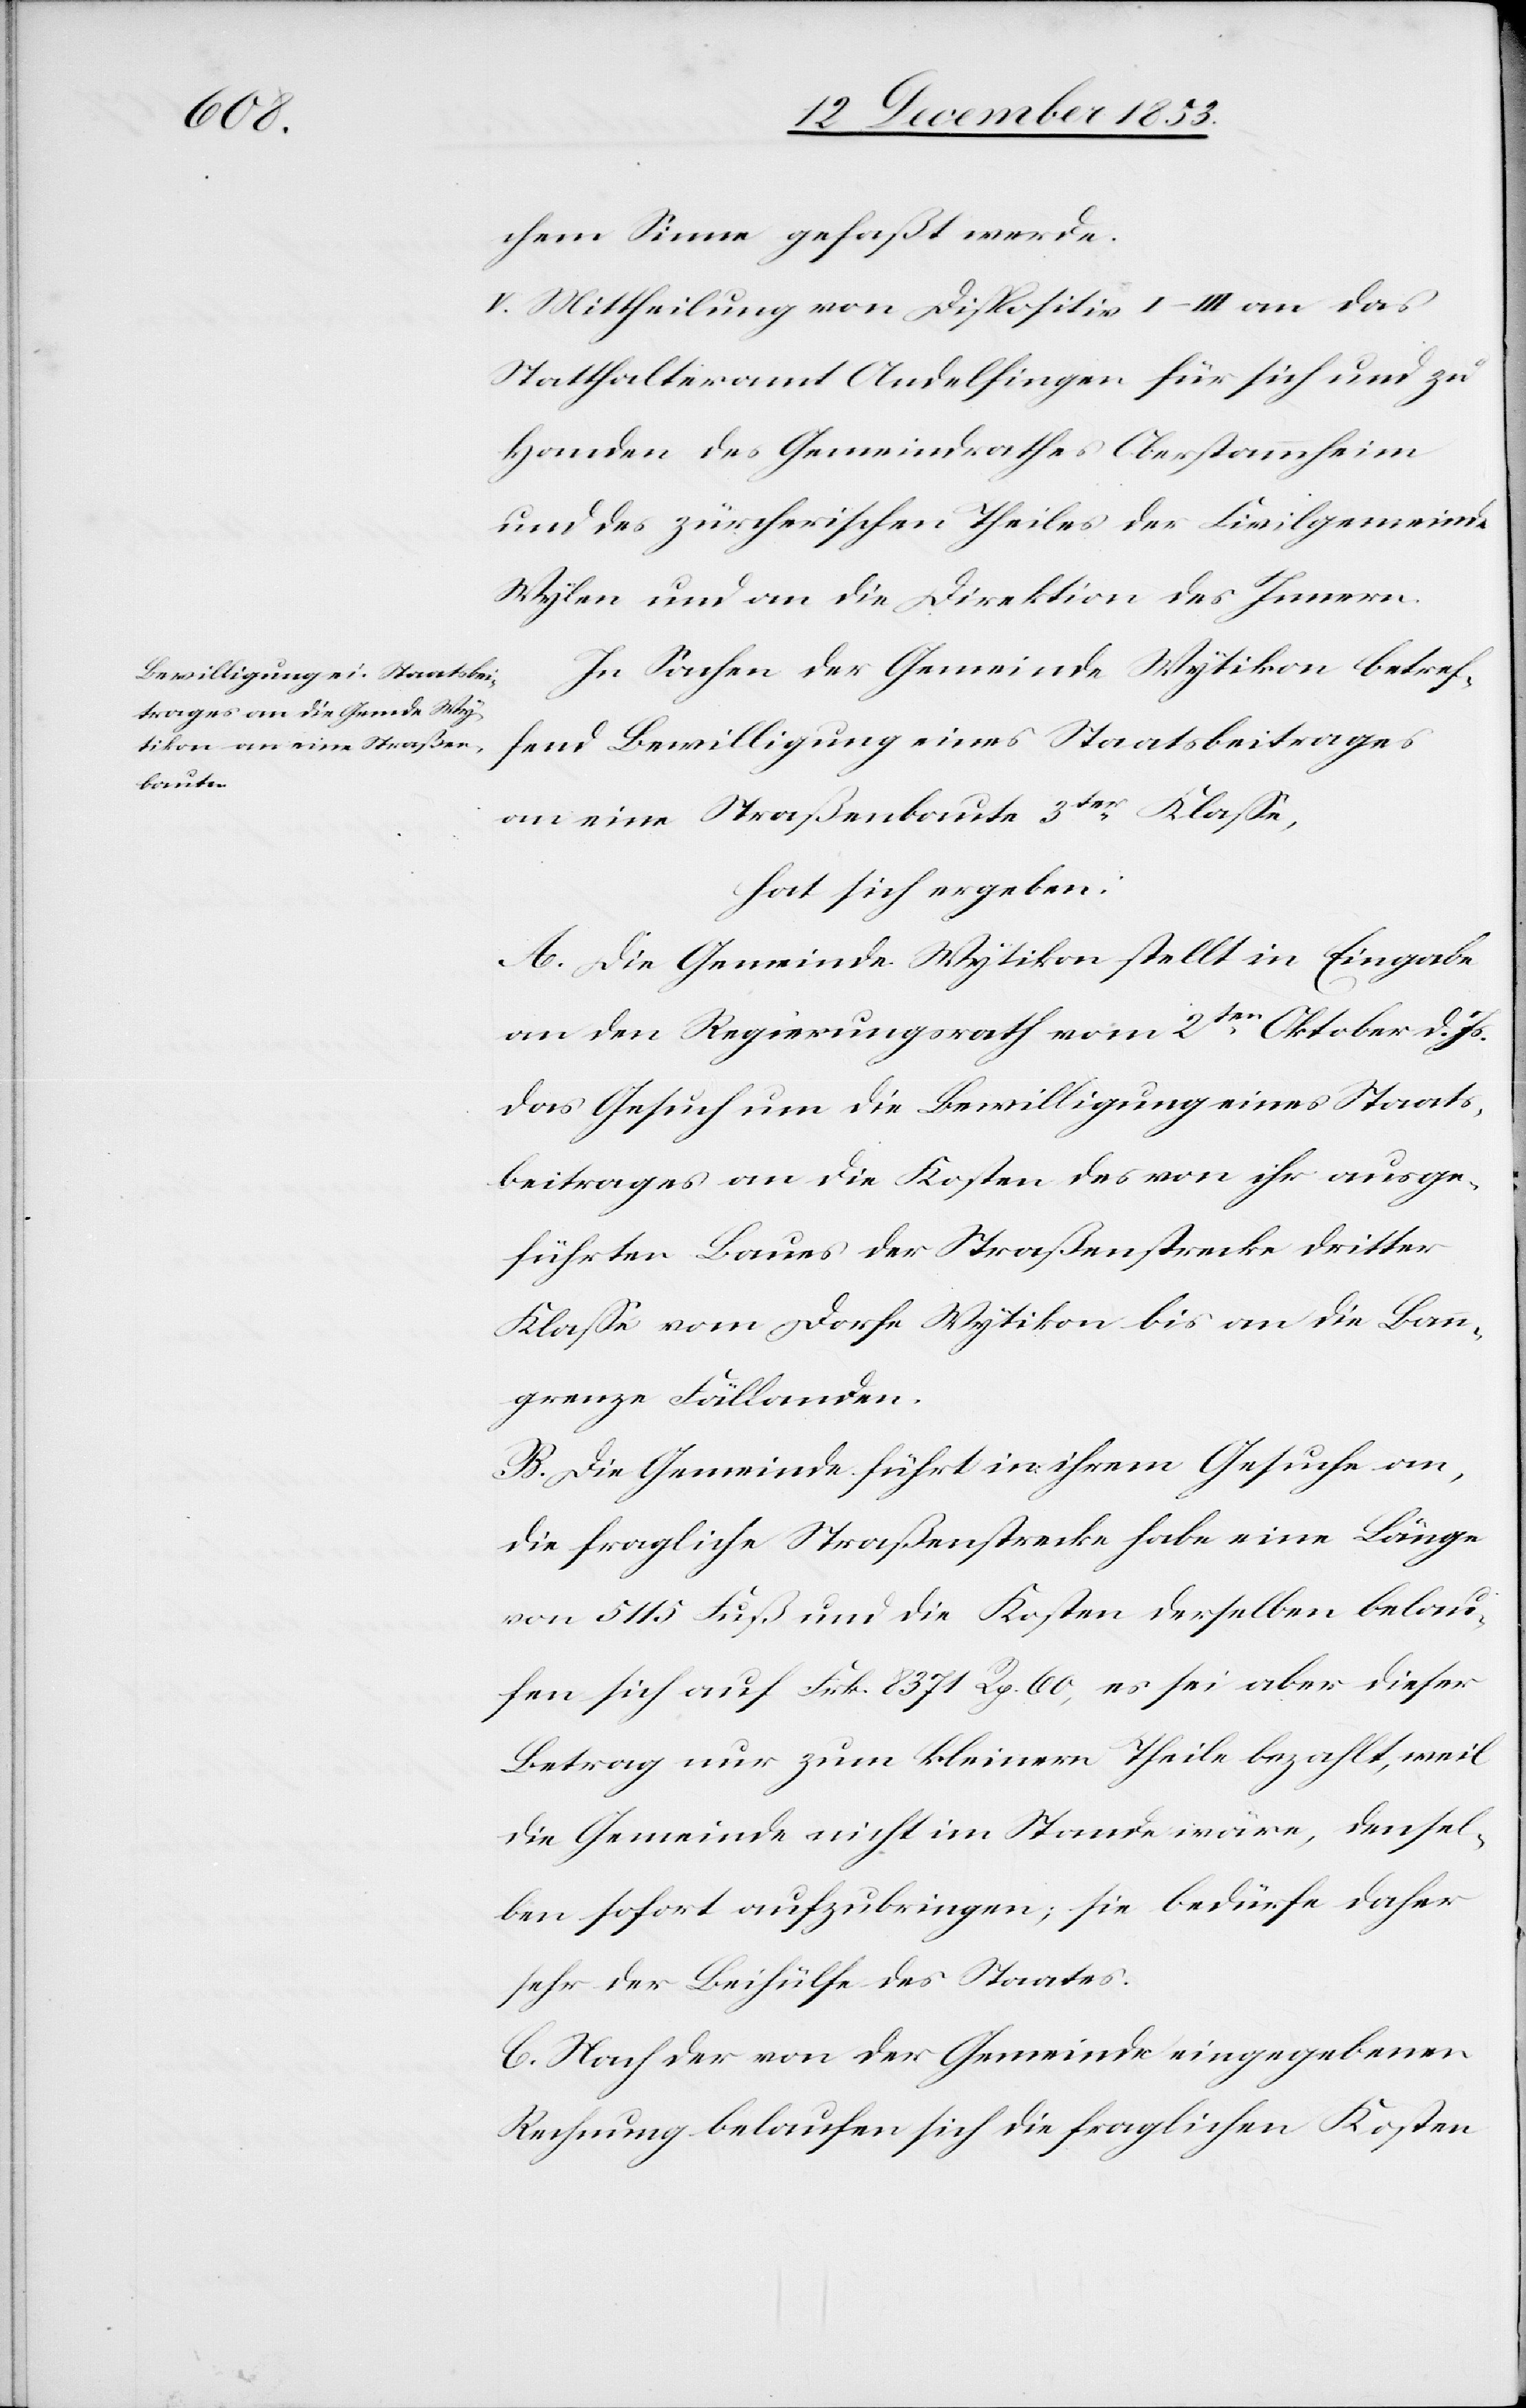
chem Sinne gefaßt werde.
V. Mittheilung von Dispositiv I–III an das
Statthalteramt Andelfingen für sich und zu
Handen des Gemeindrathes Oberstammheim
und des zürcherischen Theiles der Civilgemeinde
Wylen und an die Direktion des Innern.
In Sachen der Gemeinde Wytikon betref¬
fend Bewilligung eines Staatsbeitrages
an eine Straßenbaute 3ter Klaße,
hat sich ergeben:
A. Die Gemeinde Wytikon stellt in Eingabe
an den Regierungsrath vom 2ten Oktober d. Js.
das Gesuch um die Bewilligung eines Staats¬
beitrages an die Kosten des von ihr ausge¬
führten Baues der Straßenstrecke dritter
Klaße vom Dorfe Wytikon bis an die Land¬
grenze Fällanden.
B. Die Gemeinde führt in ihrem Gesuche an,
die fragliche Straßenstrecke habe eine Länge
von 5115 Fuß und die Kosten derselben belau¬
fen sich auf Frk. 8371 Rp. 60, es sei aber dieser
Betrag nur zum kleinern Theile bezahlt, weil
die Gemeinde nicht im Stande wäre, densel¬
ben sofort aufzubringen, sie bedürfe daher
sehr der Beihülfe des Staates.
C. Nach der von der Gemeinde eingegebenen
Rechnung belaufen sich die fraglichen Kosten